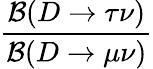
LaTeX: \frac{\mathcal{B}(D\to\tau\nu)}{\mathcal{B}(D\to\mu\nu)}